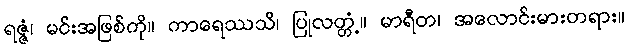
ရဇ္ဇံ၊ မင်းအဖြစ်ကို။ ကာရေဿသိ၊ ပြုလတ္တံ့။ မာရီတ၊ အလောင်းမားတရား။